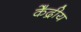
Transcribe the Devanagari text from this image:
के॓द्रीय